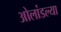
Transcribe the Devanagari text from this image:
ओलांडल्या